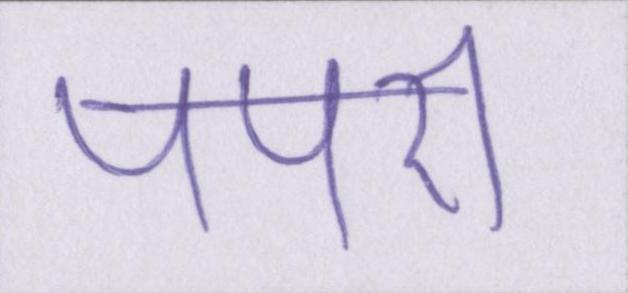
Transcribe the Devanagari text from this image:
पपरी